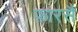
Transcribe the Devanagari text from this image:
फ़ारसै